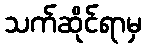
သက်ဆိုင်ရာမှ